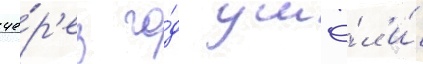
че́р'ез го́д ушё́л и́